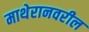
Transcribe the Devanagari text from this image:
माथेरानवरील